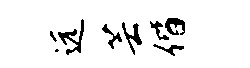
远芸偕